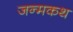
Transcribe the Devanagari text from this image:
जन्मकथ